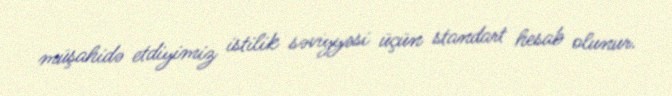
müşahidə etdiyimiz istilik səviyyəsi üçün standart hesab olunur.